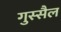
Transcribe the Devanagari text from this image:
गुस्‍सैल